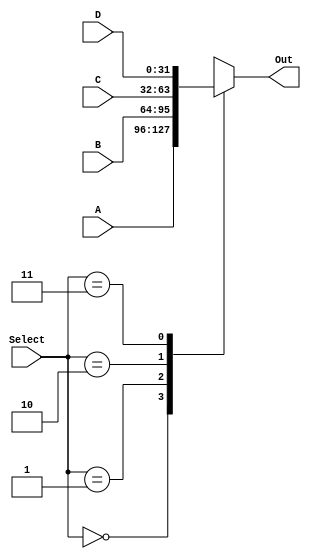
`timescale 1ns / 1ps
//////////////////////////////////////////////////////////////////////////////////
// Company: 
// Engineer: 
// 
// Design Name: 
// Module Name: Mux32bit4to1
// Project Name: 
// Target Devices: 
// Tool Versions: 
// Description: 
// 
// Dependencies: 
// 
// Revision:
// Revision 0.01 - File Created
// Additional Comments:
// 
//////////////////////////////////////////////////////////////////////////////////


module Mux32bit4to1(A, B, C, D, Out, Select);
input [31:0] A, B, C, D;
input [1:0] Select;
output reg [31:0] Out;
always@(*) begin 
    case(Select)
        0 : Out <= A;
        1 : Out <= B;
        2 : Out <= C;
        3 : Out <= D;
        endcase
    end
endmodule